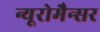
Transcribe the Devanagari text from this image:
न्यूरोमैन्सर